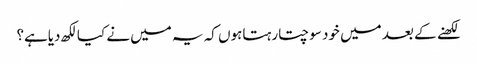
لکھنے کے بعد میں خود سوچتارہتاہوں کہ یہ میں نے کیالکھ دیاہے؟